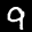
Label: 9